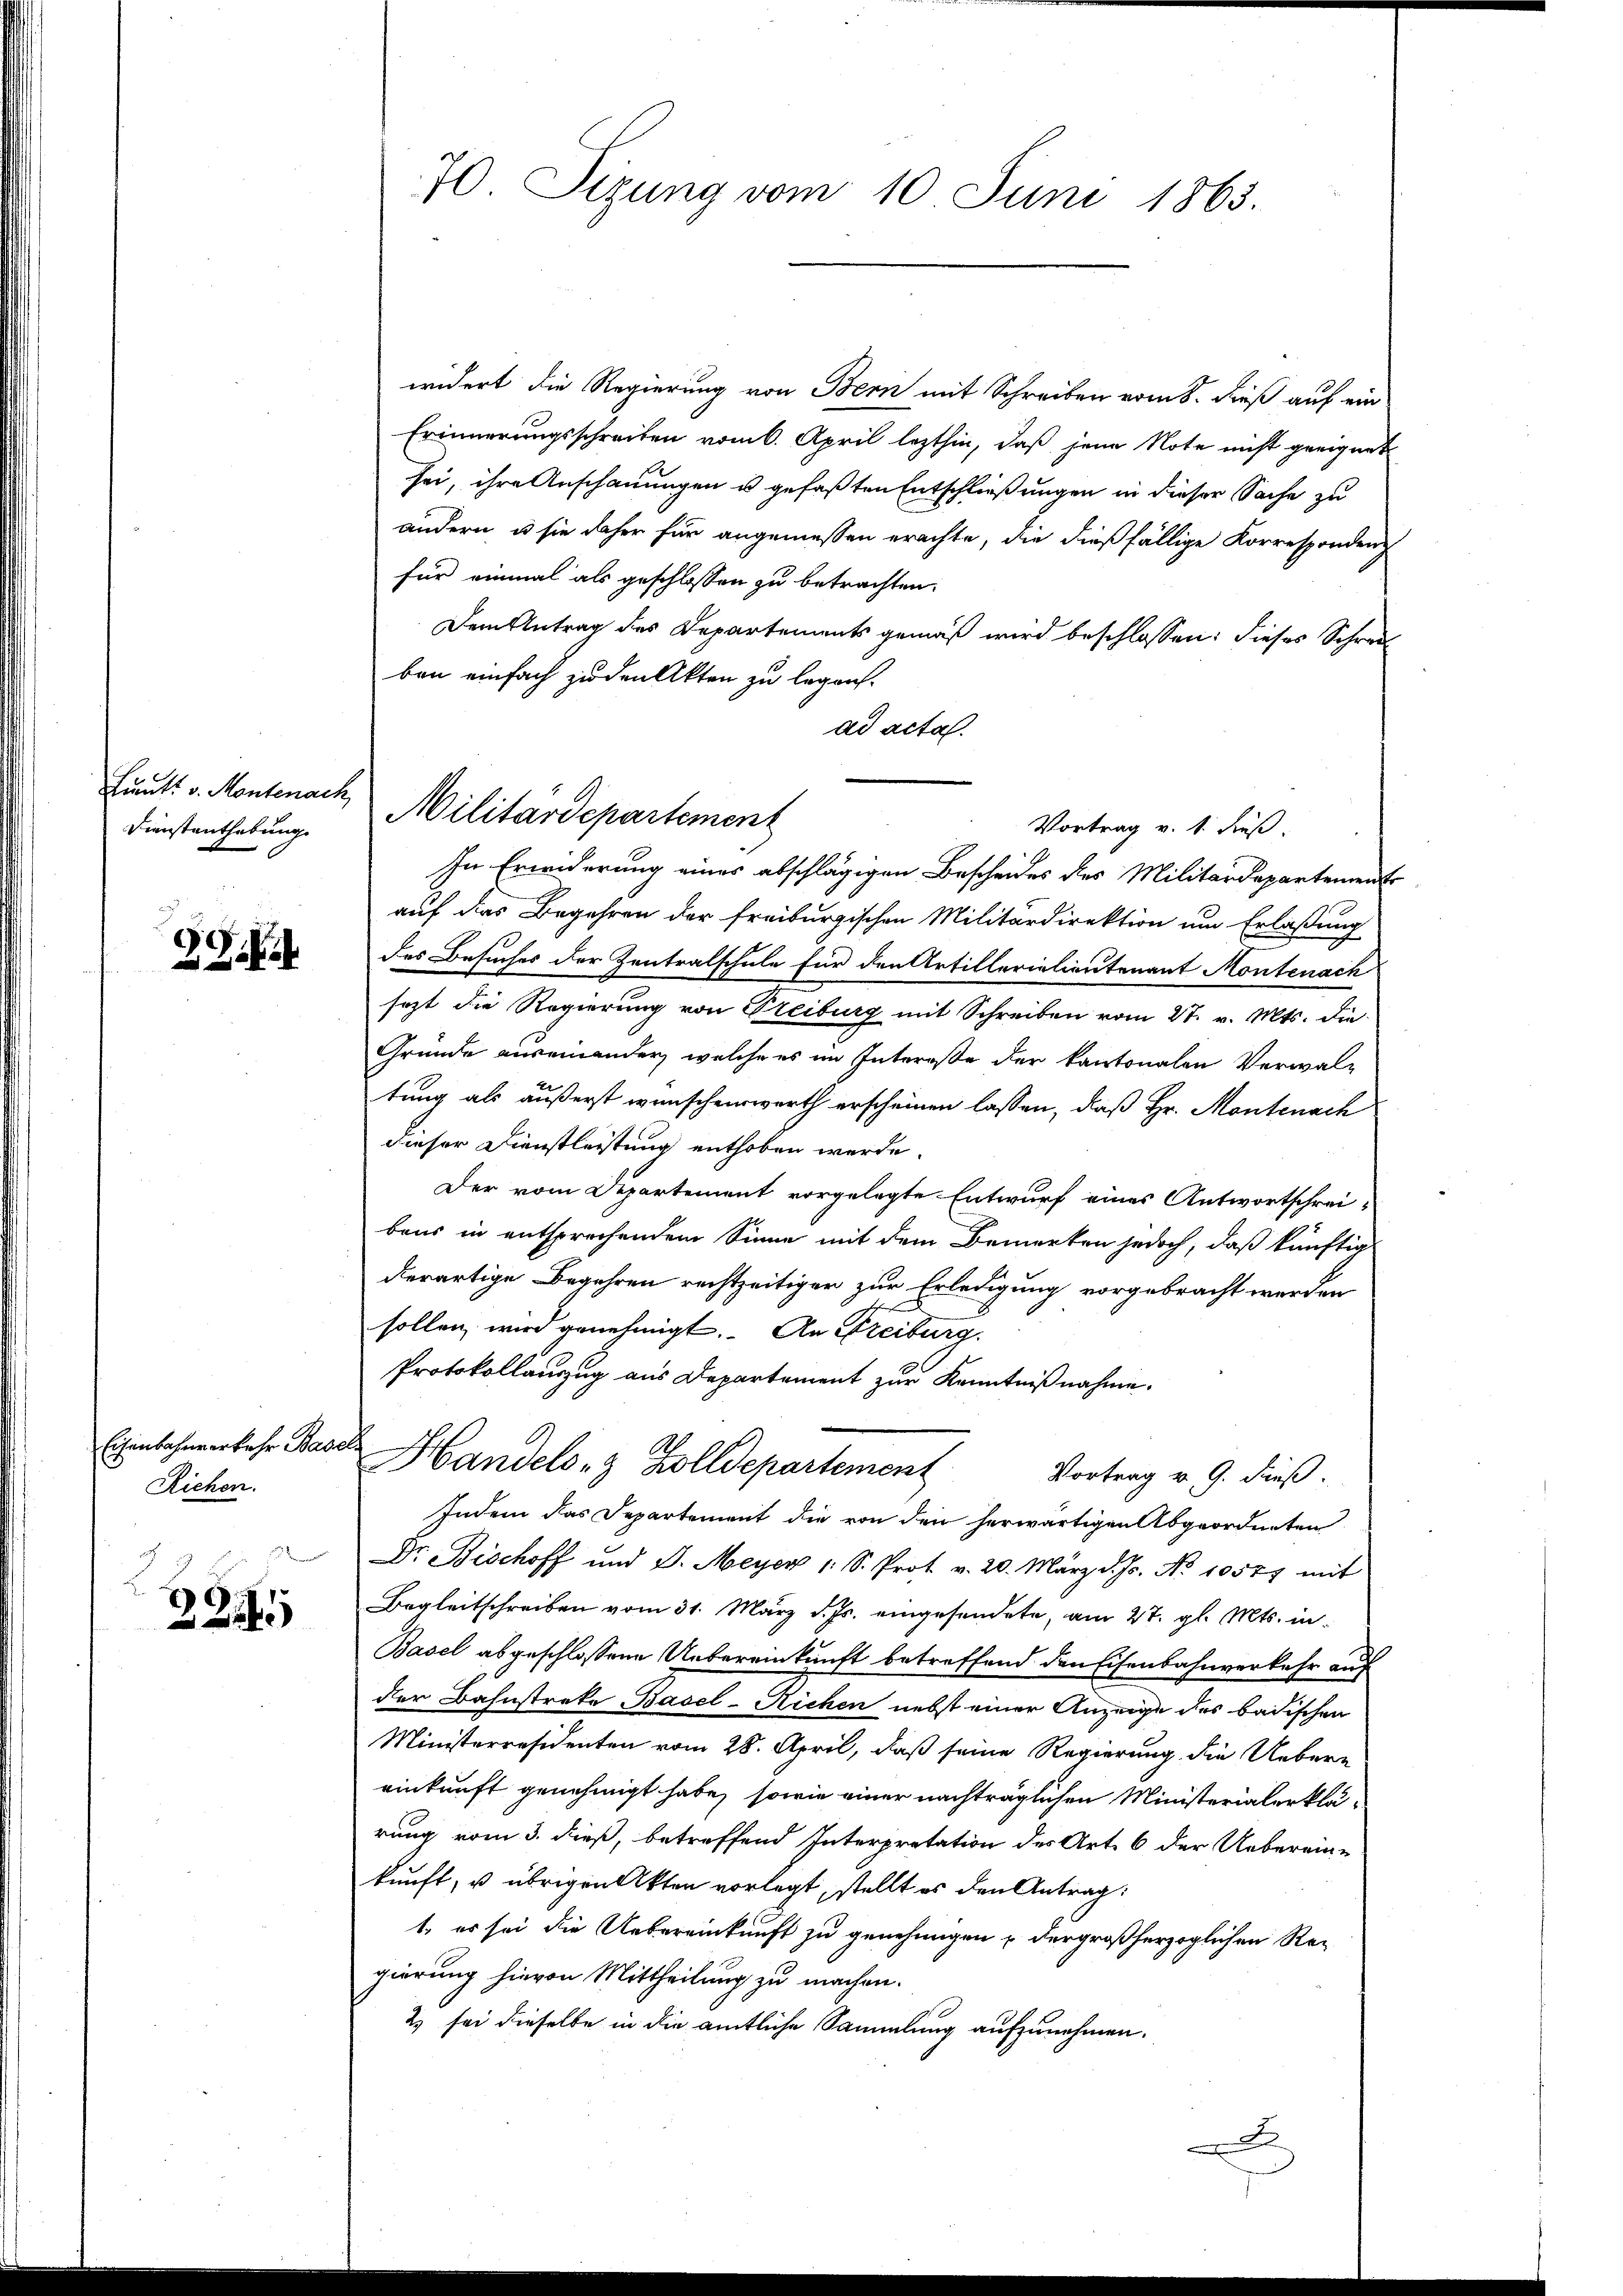
Dienstenthebung

Si

Eisenbahnverkehr Basels
Riehen.

§ 7.

224

70. Sizung vom 10. Juni 1863.

widert die Regierung von Bern mit Schreiben vom 8. dieß auf ein
Erinnerungsschreiben vom 6. April lezthin, daß jene Note nicht geeignet
sei, ihre Anschauungen u gefaßten Entschließungen in dieser Sache zu
ändern u. sie daher für angemessen erachte, die dießfällige Korrespondenz
für einmal als geschlossen zu betrachten.
Dem Antrag des Departements gemäß wird beschlossen: dieses Schrei
ben einfach zu den Akten zu legen.
ad acta.
In Erwiderung eines abschlägigen Bescheides des Militärdepartements
auf dies Begehren der freiburgischen Militärdirektion um Erlaßung
des Besuches der Zentralschule für den Artillerialientenant Montenach
sezt die Regierung von Steiburg mit Schreiben vom 27. v. Mts. die
Gründe auseinander, welche es im Intereße der kantonalen Verwaltung als äußerst wünschenswerth erscheinen lassen, daß Hr. Montenach
dieser Dienstleistung enthoben werde.
Der vom Departement vorgelegte Entwurf eines Antwortschrei-
bens in entsprechendem Sinne mit dem Bemerken jedoch, daß künftig
derartige Begehren rechtzeitiger zur Erledigung vorgebracht werden
sollen wird genehmigt. An Freiburg.
Protokollauszug aus Departement zur Kenntnißnahme.
Handels- & Zolldepartement
Vortrag v. 9. dieß.
Indem das Departement die von den herwärtigen Abgeordneten
Dr. Bischoff und J. Meyer 1 S. Prot. v. 20. März d. Js. No 10577 mit
Begleitschreiben vom 31. März d. Js. eingesendete, am 27. gl. Mts. in¬
Basel abgeschlossene Uebereinkunft betreffend den Eisenbahnverkehr auf
der Bahnstreke Basel-Richen nebst einer Anzeige des badischen
Ministerresidenten vom 28. April, daß seine Regierung die Uebere
einkunft genehmigt habe, sowie einer nachträglichen Ministerialerklä-
rung vom 3. dieß, betreffend Interpretation des Art. 6 der Ueberein-
kunft, u. übrigen Akten vorlegt, stellt es den Antrag:
1. es sei die Uebereinkunft zu genehmigen u der großherzoglichen Regierung hievon Mittheilung zu machen.
2) sei dieselbe in die amtliche Sammlung aufzunehmen.
x

Lundt v. Montenach Militärdepartement

Vortrag v. 1. Fuß.